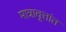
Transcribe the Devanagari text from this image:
मात्रावृत्तांत